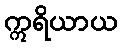
ဣရိယာယ